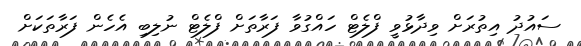
ސައުދު އިތުރަށް ވިދާޅުވީ ފްލެޓް ހައްގުވާ ފަރާތަށް ފްލެޓް ނުލިބި އެހެން ފަރާތަކަށް